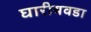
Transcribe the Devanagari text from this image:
घारीयवडा